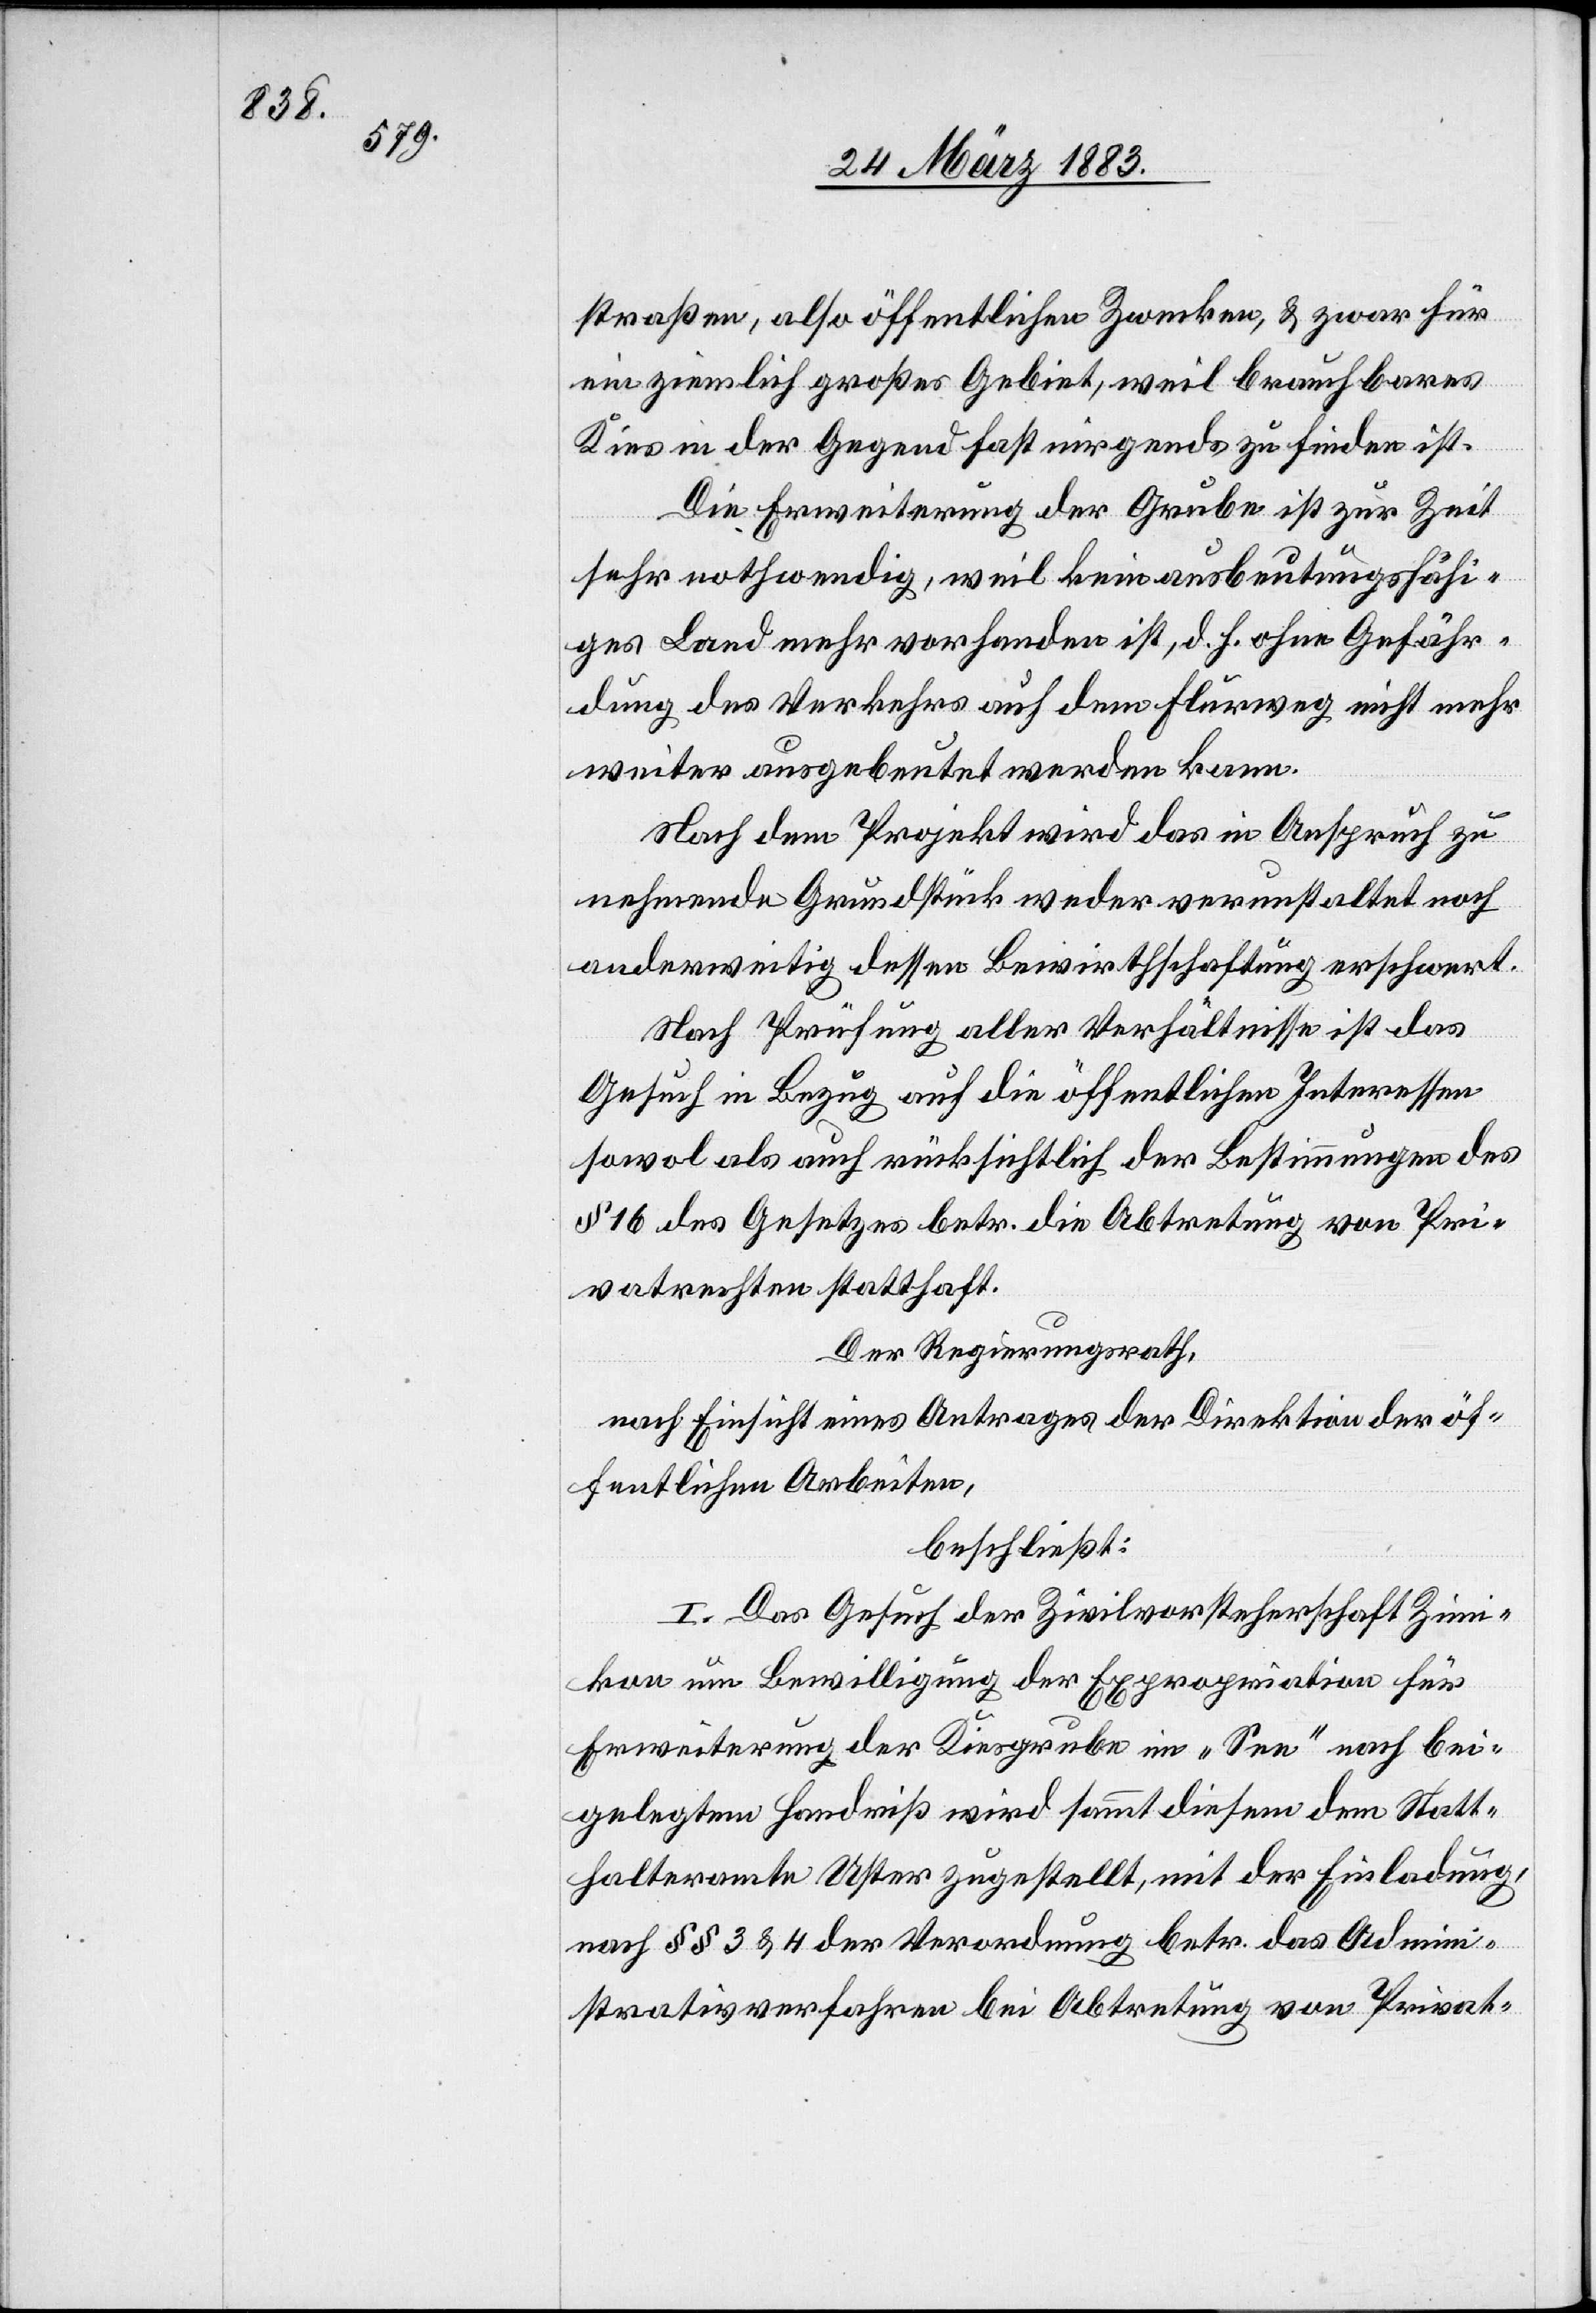
straßen, also öffentlichen Zwecken, & zwar für
ein ziemlich großes Gebiet, weil brauchbares
Kies in der Gegend fast nirgends zu finden ist.
Die Erweiterung der Grube ist zur Zeit
sehr nothwendig, weil kein ausbeutungsfähi¬
ges Land mehr vorhanden ist, d. h. ohne Gefähr¬
dung des Verkehrs auf dem Flurweg nicht mehr
weiter ausgebeutet werden kann.
Nach dem Projekt wird das in Anspruch zu
nehmende Grundstück weder verunstaltet noch
anderweitig dessen Bewirthschaftung erschwert.
Nach Prüfung aller Verhältnisse ist das
Gesuch in Bezug auf die öffentlichen Interessen
sowol als auch rücksichtlich der Bestimmungen des
§ 16 des Gesetzes betr. die Abtretung von Pri¬
vatrechten statthaft.
Der Regierungsrath,
nach Einsicht eines Antrages der Direktion der öf¬
fentlichen Arbeiten,
beschließt:
I. Das Gesuch der Zivilvorsteherschaft Zim¬
ikon um Bewilligung der Expropriation für
Erweiterung der Kiesgrube im „Seen“ nach bei¬
gelegtem Handriß wird sammt diesem dem Statt¬
halteramte Uster zugestellt, mit der Einladung,
nach §§ 3 & 4 der Verordnung betr. das Admini¬
strativverfahren bei Abtretung von Privat-